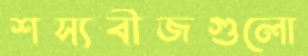
শস্যবীজগুলো